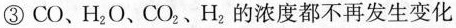
③CO、H_{2}O、CO_{2}、H_{2}的浓度都不再发生变化